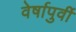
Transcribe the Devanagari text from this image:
वेर्षापुर्वी